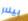
بيلار